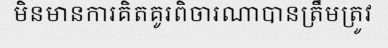
មិនមានការគិតគូរពិចារណាបានត្រឹមត្រូវ